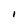
Character: I